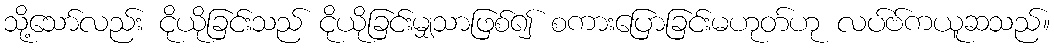
သို့သော်လည်း ငိုယိုခြင်းသည် ငိုယိုခြင်းမျှသာဖြစ်၍ စကားပြောခြင်းမဟုတ်ဟု လပ်ဗ်ကယူဆသည်။